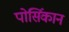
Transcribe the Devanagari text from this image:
पोर्सिकान